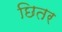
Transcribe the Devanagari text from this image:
छितर